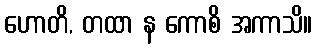
ဟောတိ, တထာ န ကောစိ အကာသိ။